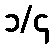
၁/၄